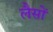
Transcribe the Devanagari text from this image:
लैसों